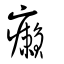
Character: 癩